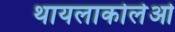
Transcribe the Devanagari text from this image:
थायलाकोलेओ